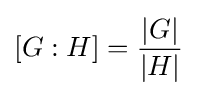
[G:H]={|G| \over |H|}